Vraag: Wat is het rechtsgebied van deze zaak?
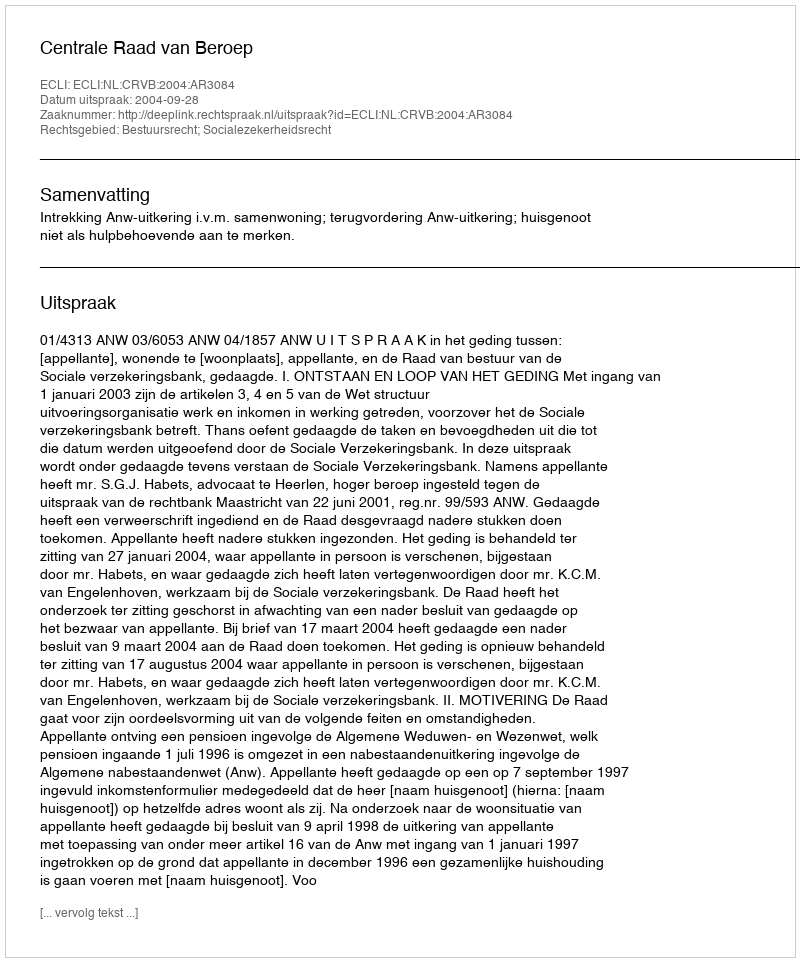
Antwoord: Bestuursrecht; Socialezekerheidsrecht